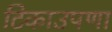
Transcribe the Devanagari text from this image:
टिकाउपणा